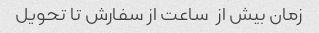
زمان بیش از  ساعت از سفارش تا تحویل